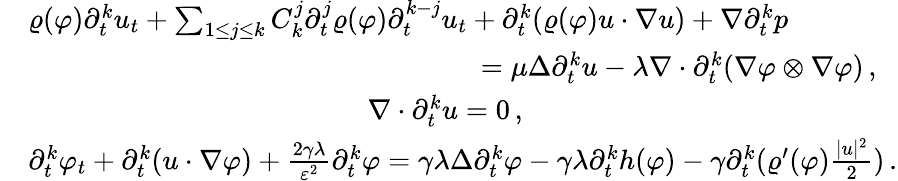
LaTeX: \begin{array}{rl}&{\varrho(\varphi)\partial_{t}^{k}u_{t}+\sum_{1\leq j\leq k}C_{k}^{j}\partial_{t}^{j}\varrho(\varphi)\partial_{t}^{k-j}u_{t}+\partial_{t}^{k}(\varrho(\varphi)u\cdot\nabla u)+\nabla\partial_{t}^{k}p}\\ &{\qquad\qquad\qquad\qquad\qquad\qquad\qquad\qquad=\mu\Delta\partial_{t}^{k}u-\lambda\nabla\cdot\partial_{t}^{k}(\nabla\varphi\otimes\nabla\varphi)\, ,}\\ &{\qquad\qquad\qquad\qquad\qquad\qquad\nabla\cdot\partial_{t}^{k}u=0\, ,}\\ &{\partial_{t}^{k}\varphi_{t}+\partial_{t}^{k}(u\cdot\nabla\varphi)+\frac{2\gamma\lambda}{\varepsilon^{2}}\partial_{t}^{k}\varphi=\gamma\lambda\Delta\partial_{t}^{k}\varphi-\gamma\lambda\partial_{t}^{k}h(\varphi)-\gamma\partial_{t}^{k}(\varrho^{\prime}(\varphi)\frac{|u|^{2}}{2})\, .}\end{array}